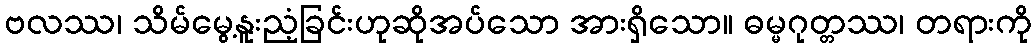
ဗလဿ၊ သိမ်မွေ့နူးညံ့ခြင်းဟုဆိုအပ်သော အားရှိသော။ ဓမ္မဂုတ္တဿ၊ တရားကို